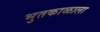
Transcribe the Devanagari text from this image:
भुतकाळाला